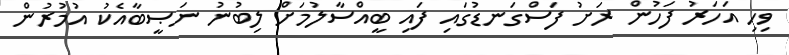
ވިހި އަހަރު ފަހުން ރަށު ފަސްގަނޑުގައި ފައި ބީއްސާލުމަށް ލިބުނު ނަޞީބާއެކު އުމުރުން